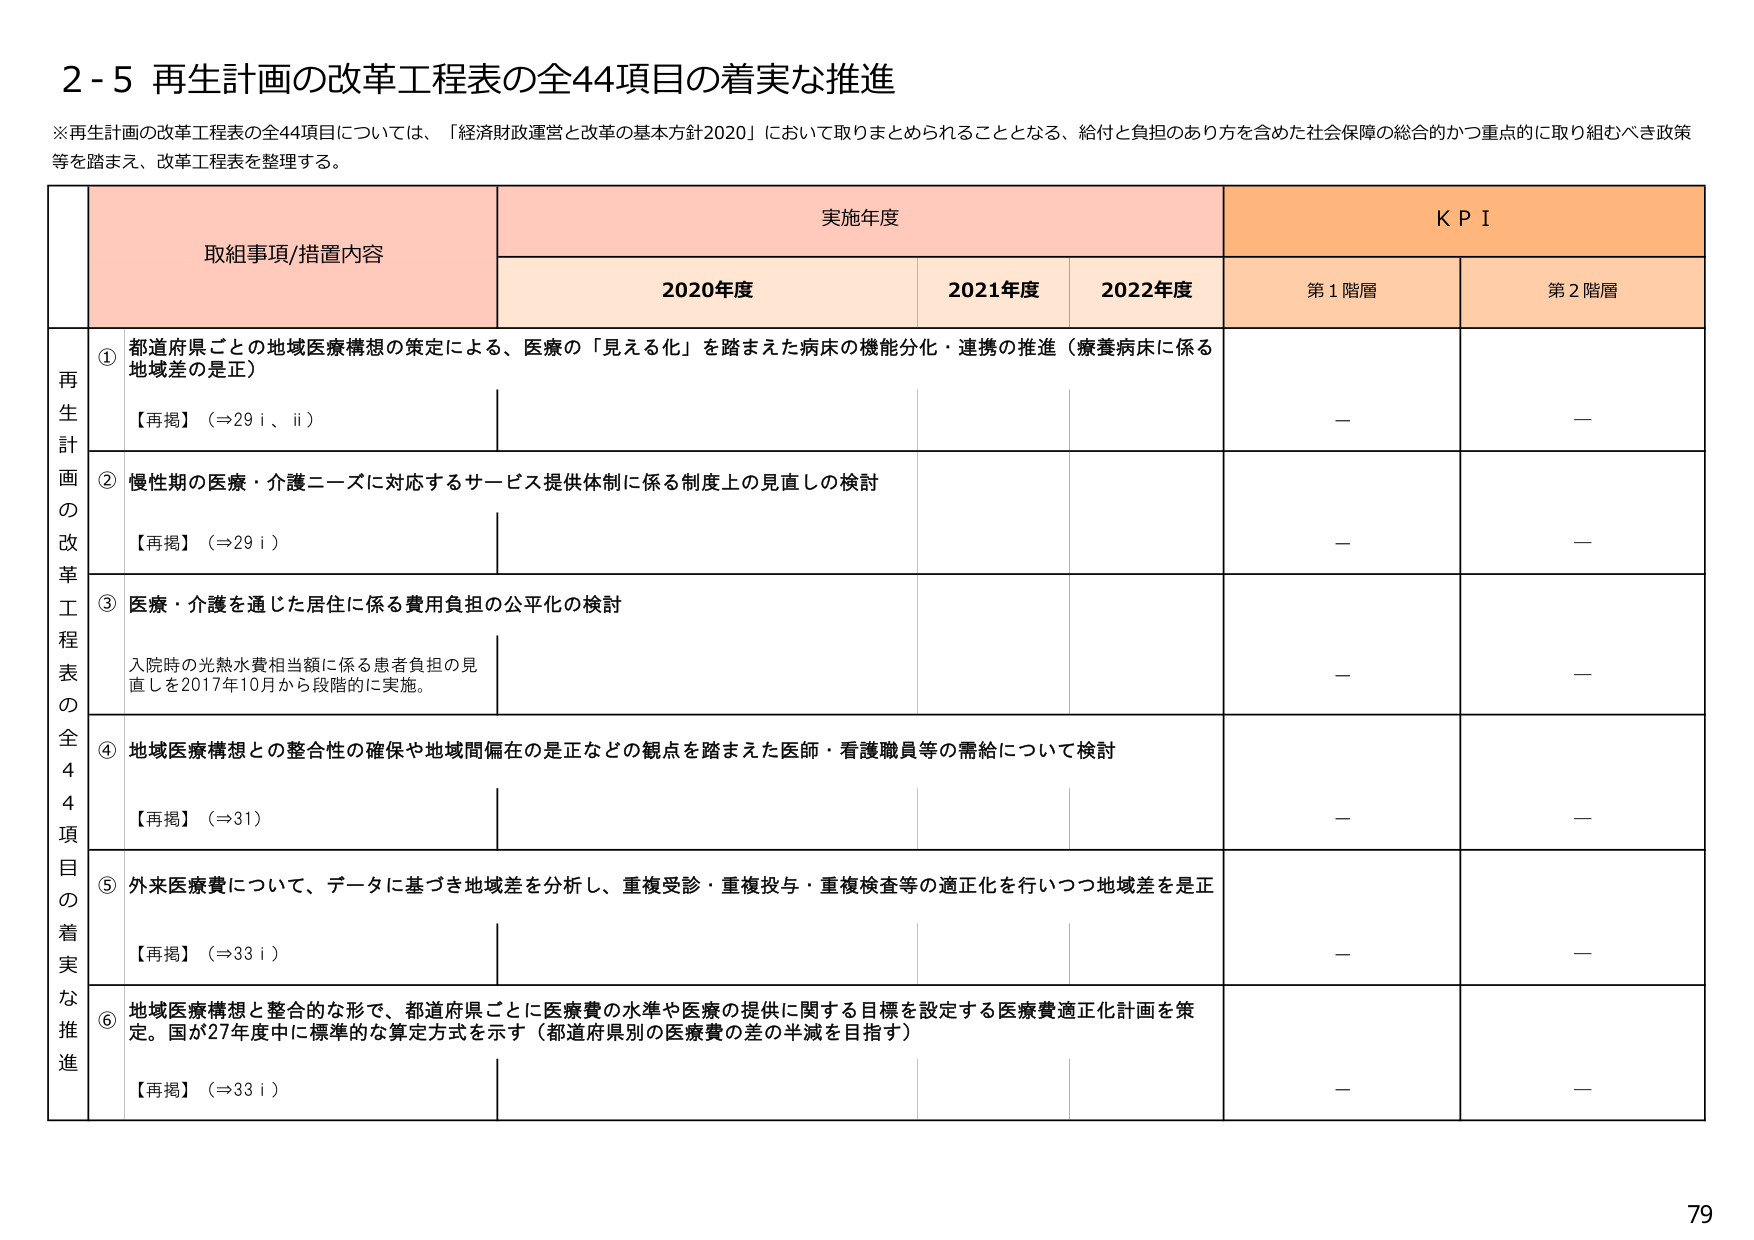
2-5 再生計画の改革工程表の全44項目の着実な推進

※再生計画の改革工程表の全44項目については、「経済財政運営と改革の基本方針2020」において取りまとめられることとなる、給付と負担のあり方を含めた社会保障の総合的かつ重点的に取り組むべき政策等を踏まえ、改革工程表を整理する。

取組事項/措置内容　　実施年度　　KPI
　　　　　　　　　　　2020年度　　2021年度　　2022年度　　第1階層　　第2階層

再生計画の改革工程表の全44項目の着実な推進

① 都道府県ごとの地域医療構想の策定による、医療の「見える化」を踏まえた病床の機能分化・連携の推進（療養病床に係る地域差の是正）
【再掲】（⇒29 i、ii）

② 慢性期の医療・介護ニーズに対応するサービス提供体制に係る制度上の見直しの検討
【再掲】（⇒29 i）

③ 医療・介護を通じた居住に係る費用負担の公平化の検討
入院時の光熱水費相当額に係る患者負担の見直しを2017年10月から段階的に実施。

④ 地域医療構想との整合性の確保や地域間偏在の是正などの観点を踏まえた医師・看護職員等の需給について検討
【再掲】（⇒31）

⑤ 外来医療費について、データに基づき地域差を分析し、重複受診・重複投与・重複検査等の適正化を行いつつ地域差を是正
【再掲】（⇒33 i）

⑥ 地域医療構想と整合的な形で、都道府県ごとに医療費の水準や医療の提供に関する目標を設定する医療費適正化計画を策定。国が27年度中に標準的な算定方式を示す（都道府県別の医療費の差の半減を目指す）
【再掲】（⇒33 i）

－　－
－　－
－　－
－　－
－　－
－　－

79